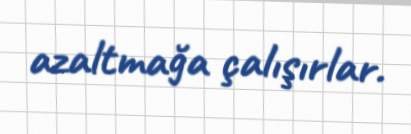
azaltmağa çalışırlar.